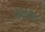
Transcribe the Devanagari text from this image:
अझरवरील